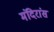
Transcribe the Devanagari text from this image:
मंदिरांस